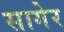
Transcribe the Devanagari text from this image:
सागेर